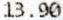
13.90